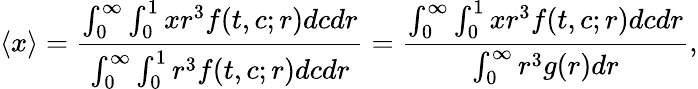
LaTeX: \langle x\rangle=\frac{\int_{0}^{\infty}\int_{0}^{1}xr^{3}f(t,c;r)dcdr}{\int_{0}^{\infty}\int_{0}^{1}r^{3}f(t,c;r)dcdr}=\frac{\int_{0}^{\infty}\int_{0}^{1}xr^{3}f(t,c;r)dcdr}{\int_{0}^{\infty}r^{3}g(r)dr},